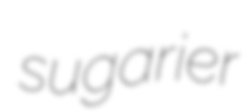
sugarier